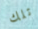
تلك